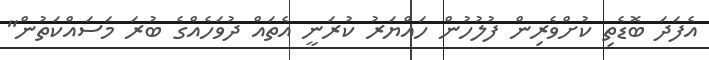
އެފަދަ ބޮޑެތި ކުށްވެރިން ފުލުހުން ހައްޔަރު ކުރަނީ އެތައް ދުވަހެއްގެ ބުރަ މަސައްކަތުން"